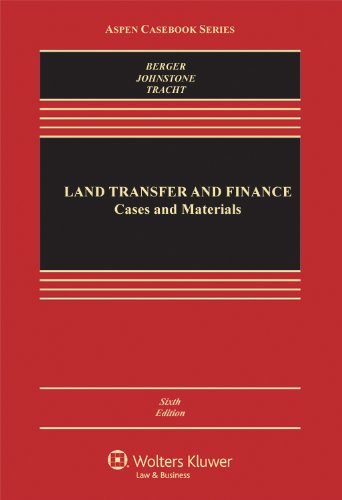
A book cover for Land Transfer and Finance: Cases and Materials, Sixth Edition (Aspen Casebook); The late Curtis J. Berger; Law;